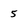
Character: 5